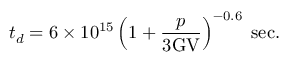
t _ { d } = 6 \times 1 0 ^ { 1 5 } \left( 1 + \frac { p } { 3 \mathrm { G V } } \right) ^ { - 0 . 6 } \; \mathrm { s e c } .